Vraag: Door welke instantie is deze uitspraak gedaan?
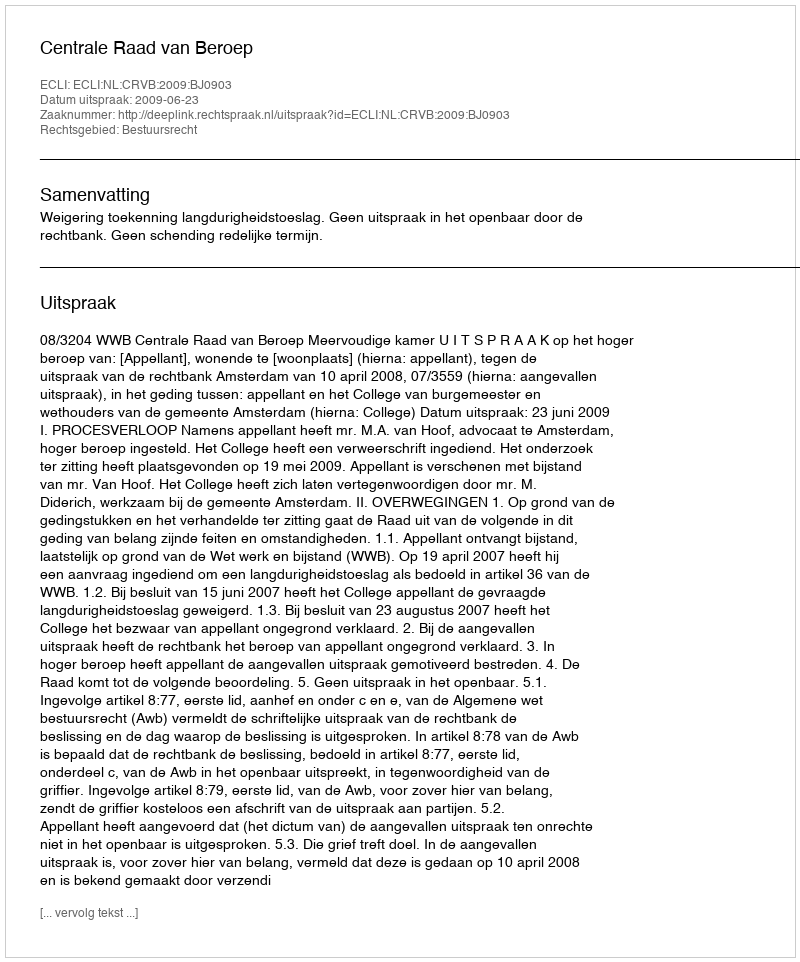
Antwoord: Centrale Raad van Beroep